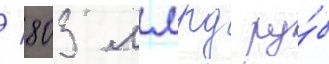
/ 803 млрд ру́б